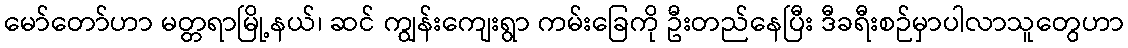
မော်တော်ဟာ မတ္တရာမြို့နယ်၊ ဆင် ကျွန်းကျေးရွာ ကမ်းခြေကို ဦးတည်နေပြီး ဒီခရီးစဉ်မှာပါလာသူတွေဟာ